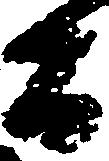
間